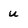
Character: u